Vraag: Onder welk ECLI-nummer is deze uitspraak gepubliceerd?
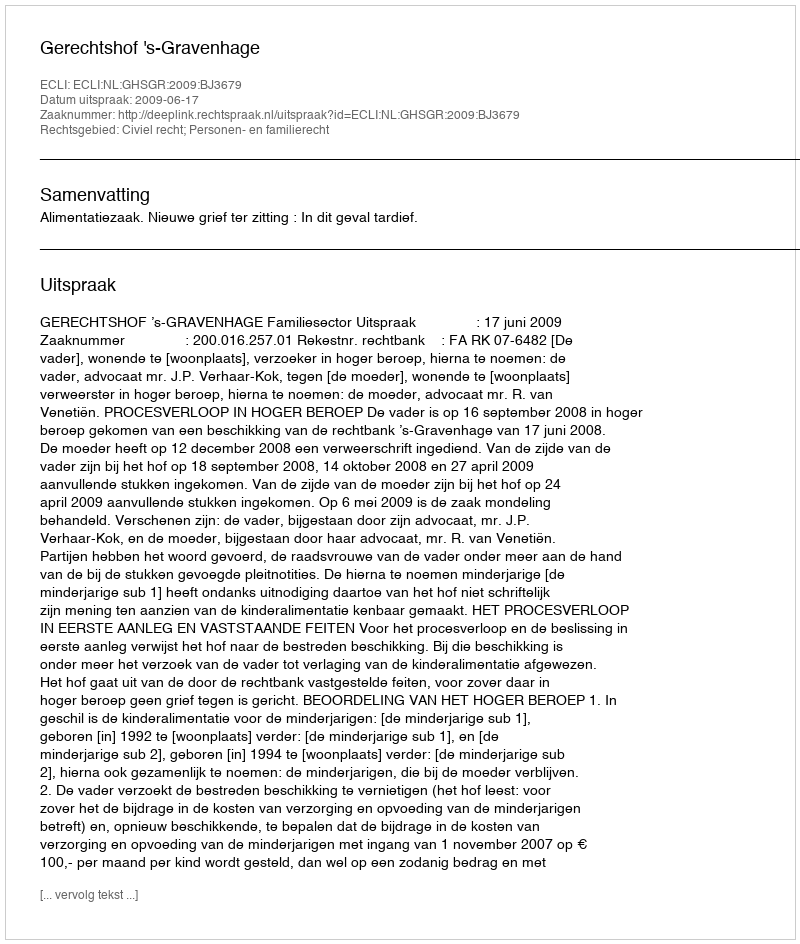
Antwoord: ECLI:NL:GHSGR:2009:BJ3679